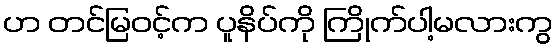
ဟ တင်မြဝင့်က ပူနိပ်ကို ကြိုက်ပါ့မလားကွ